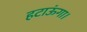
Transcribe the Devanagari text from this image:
हटाऊंगा।